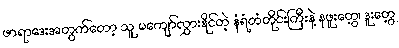
ဖာရာဒေးအတွက်တော့ သူ မကျော်လွှားနိုင်တဲ့ နံရံတံတိုင်းကြီးနဲ့ နဖူးတွေ့၊ ဒူးတွေ့